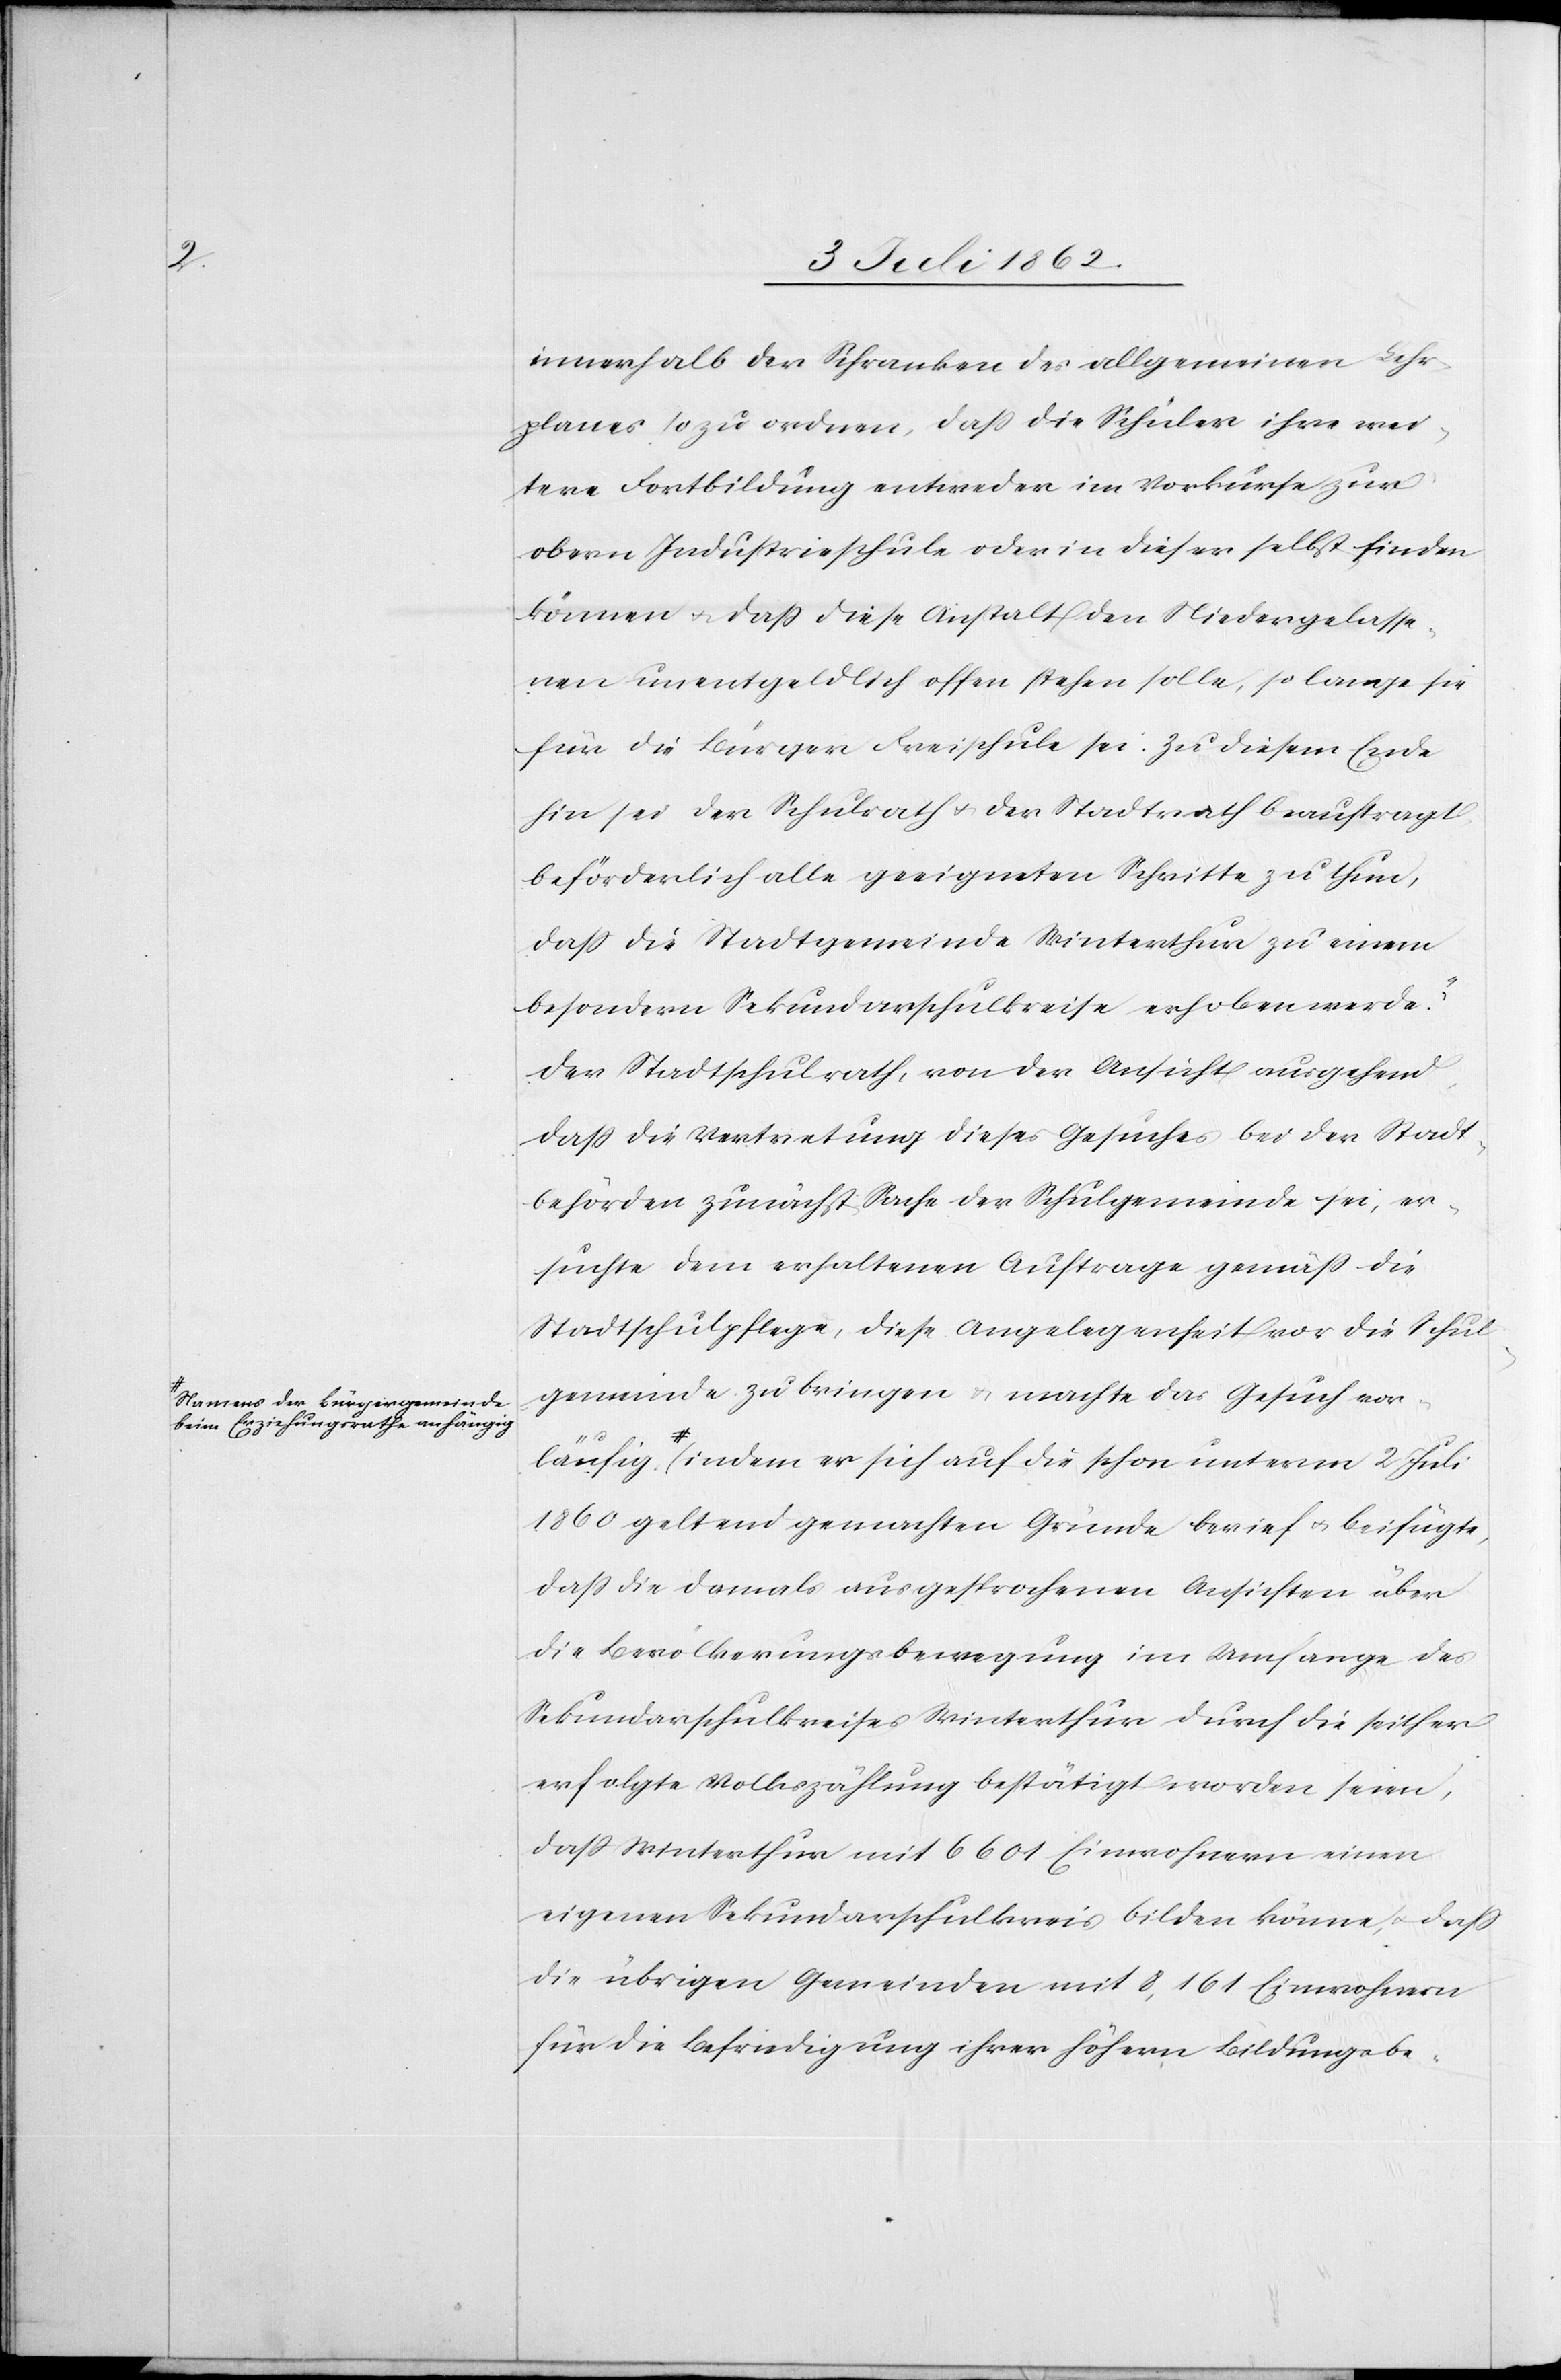
äufig

a-Namens der Bürgergemeinde
beim Erziehungsrathe anhängig-a

innerhalb der Schranken des allgemeinen Lehr¬
planes [?s]o zu ordnen, daß die Schüler ihre wei¬
tere Fortbildung entweder im Vorkurse zur
obern Industrieschule oder in dieser selbst finden
können u. daß diese Anstalten den Niedergelasse¬
nen unentgeldlich offen stehen soll, so lange sie
für die Bürger Freischule sei. Zu diesem Ende
hin sei der Schulrath u. der Stadtrath beauftragt
beförderlich alle geeigneten Schritte zu thun,
daß die Stadtgemeinde Winterthur zu einem
besondern Sekundarschulkreise erhoben werde“.
Der Stadtschulrath, von der Ansicht ausgehend,
daß die Vertretung dieses Gesuches bei den Stadt¬
behörden zunächst Sache der Schulgemeinde sei, er¬
suchte dem erhaltenen Auftrage gemäß die
Stadtschulpflege, diese Angelegenheit vor die Schul¬
gemeinde zu bringen u. machte das Gesuch vorl¬
1860 geltend gemachten Gründe berief u. beifügte,
daß die damals ausgesprochenen Ansichten über
die Bevölkerungsbewegung im Umfange des
Sekundarschulkreises durch die seither erfolgte Volkszählung
daß Winterthur mit 6601 Einwohnern einen
eigenen Sekundarschulkreis bilden könne, daß
die übrigen Gemeinden mit 8,161 Einwohnern
für die Befriedigung ihrer höhern Bildungsbe-